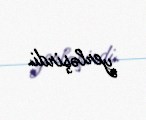
yerləşirdi.